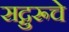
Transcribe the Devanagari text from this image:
सद्गुरूचे